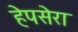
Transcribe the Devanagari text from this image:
हेपसेरा